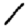
Digit: 1